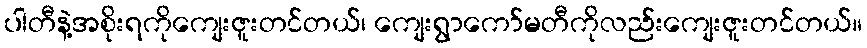
ပါတီနဲ့အစိုးရကိုကျေးဇူးတင်တယ်၊ ကျေးရွာကော်မတီကိုလည်းကျေးဇူးတင်တယ်။